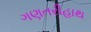
ગણતરીહાથ